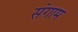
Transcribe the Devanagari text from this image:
संगाम